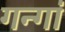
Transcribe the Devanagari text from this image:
गन्गा॑